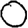
Digit: 0